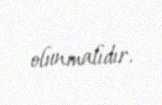
olunmalıdır.